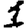
Digit: 1